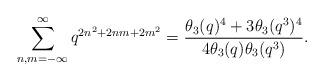
LaTeX: \begin{align*}\sum^{\infty}_{n,m=-\infty}q^{2n^2+2nm+2m^2}=\frac{\theta_3(q)^4+3\theta_3(q^3)^4}{4\theta_3(q)\theta_3(q^3)}.\end{align*}